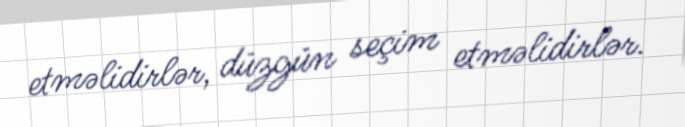
etməlidirlər, düzgün seçim etməlidirlər.